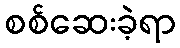
စစ်ဆေးခဲ့ရာ